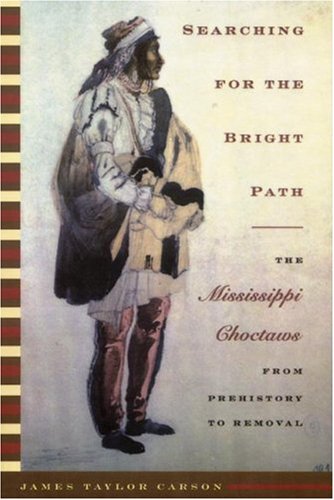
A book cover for Searching for the Bright Path: The Mississippi Choctaws from Prehistory to Removal (Indians of the Southeast); James Taylor Carson; History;